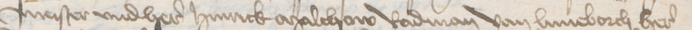
meister vnd here Hinrick Malchow Radman van Luneborch here